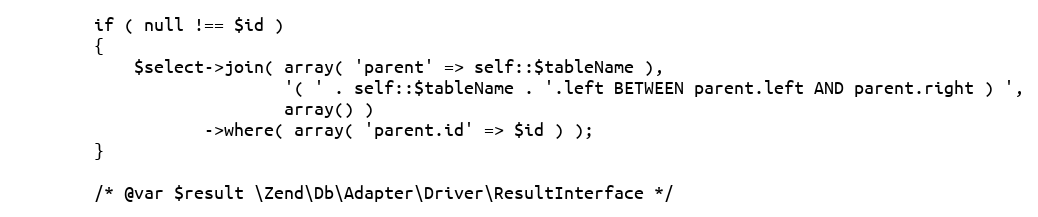
Language: PHP
        if ( null !== $id )
        {
            $select->join( array( 'parent' => self::$tableName ),
                           '( ' . self::$tableName . '.left BETWEEN parent.left AND parent.right ) ',
                           array() )
                   ->where( array( 'parent.id' => $id ) );
        }

        /* @var $result \Zend\Db\Adapter\Driver\ResultInterface */